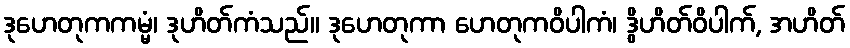
ဒုဟေတုကကမ္မံ၊ ဒုဟိတ်ကံသည်။ ဒုဟေတုကာ ဟေတုကဝိပါကံ၊ ဒွိဟိတ်ဝိပါက်, အဟိတ်